Medical and sanitary report of the native army of Bengal for the year
Year: 1876
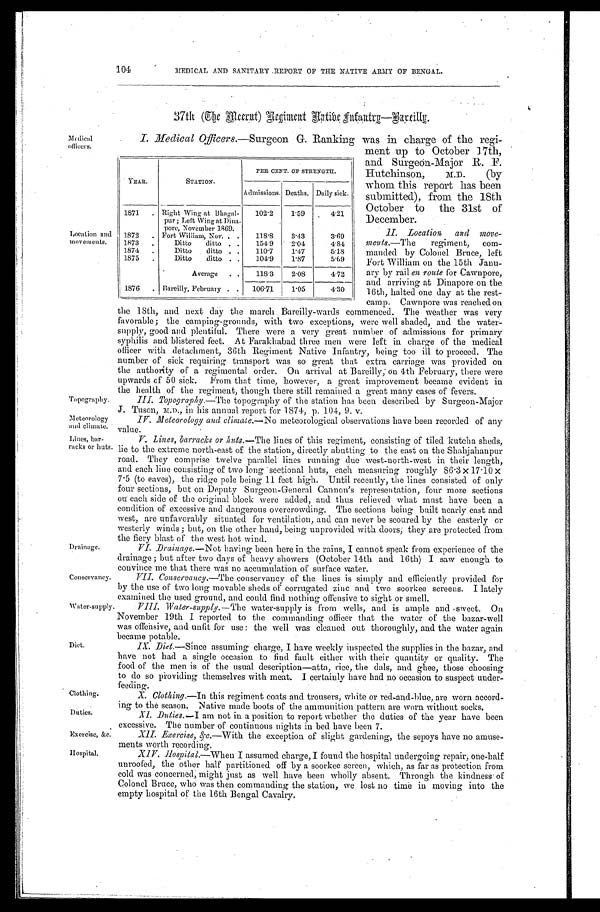
Me d i c a l
o f f i c e r s .
Location and
movements.
104
MEDICAL AND SANITARY REPORT OF THE NATIVE ARMY OF BENGAL.
3 7 t h Th e He e e r n t Re g i me n t Ha t i v e —Ba r i e l l y .
I. _Medical Officers.—Surgeon G. Ranking was in charge of the regi-
,
October
ment up toJ 7th,
and Surgeon-Major R. F.
Hutchinson, M.D. (by
whom this report has been
submitted), from the 18th
October to the 31st of
December.
II. Location and move,
ments.—The regiment, com-
manded by Colonel Bruce, left
Fort William on the 15th
Janu-
ary by rail en route for Cawnpore,
and arriving at Dinapore on the
16th, halted one day at the rest-
camp. Cawnpore was reached on
the 18th, and next day the march Bareilly-wards commenced. The weather was very
favorable; the camping-grounds, with two exceptions, were well shaded, and the water-
supply, good. and plentiful. There were a very great number of admissions for primary
syphilis and blistered feet. At Farakhabad three men were left in charge of the medical
officer with detachment, 30th Regiment Native Infantry, being too ill to proceed. The
number of sick requiring transport was so great that extra carriage was provided on
the authority of a regimental order. On arrival at Bareilly; on 4th February, there were
upwards of 50 sick. From that time, however, a great improvement became evident in
the health of the regiment, though there still remained a great many eases of fevers.
Topography.III Topography.—The topography of the station has been described by Surgeon-Major
J. Tuson, M.D., in his annual report for 1874, p. 104, 9. v.
I V . M e t e o r o l o g y a n d c l i m a t e . - - N om
e t e o r o l o g i c a l o b s e r v a t i o n s h a v e b e e n r e c o r d e d o f a n y
value.
V. Lines, barracks or huts,—The lines of this regiment, consisting of tiled kutelia sheds,
lie to the extreme north-east of the station, directly abutting to the east on the Shahjahanpur
road. They comprise twelve parallel lines running due west-north-west in their length,
and each line consisting of two long 'sectional huts, each measuring roughly 86 .3 x 17.10x
7.5 (to eaves), the ridge pole being 11 feet high. Until recently, the lines consisted of only
four sections, but on Deputy Surgeon-General Cannon's representation, four more sections
on each side of the original block were added, and thus relieved what must have been a
condition of excessive and dangerous overcrowding. The sections being built nearly east and
west, are unfavorably situated for ventilation, and can never be scoured by the easterly or
westerly winds; but, on the other hand, being unprovided with doors; they are protected from
the fiery blast of the west hot wind.
VI. Drainage.—Not having been here in the rains, I cannot speak from experience of the
drainage ; but after two days of heavy showers (October 14th and. 16th) I saw enough to
convince me that there was no accumulation of surface water.
Conservancy. Conservancy.—The conservancy of the lines is simply and efficiently provided for
by the use of two long movable sheds of corrugated zinc and two soorkee screens. I lately
examined the used ground, and could find nothing offensive to sight or smell.
Water-supply. VIII. Water-supply.-- The water-supply is from wells, and is ample and -sweet. On
November 19th 1 reported to the commanding officer that the water of the bazar-well
was offensive, and unfit for use: the well was cleaned out thoroughly, and the water again.
became potable.
I X . D i e t — S i n c e
a s s u m i n g c h a r g e , I h a v e w e e k l y i n s p e c t e d t h e s u p p l i e s i n t h e b a z a r , a n d .
have not had a single occasion to find fault either with their quantity or quality. The
food of the men is of the usual description—atta, rice, the dais, and ghee, those choosing
to do so providing themselves with meat. I certainly have had no occasion to suspect under-
feeding.
X.Clothing.—In this regiment coats and trousers, white or red-and-blue, are worn accord-
in; to the season. Native made boots of the ammunition pattern are worn without socks.
XI. Duties.—I am not in a position to report whether the duties of the year have been
excessive. The number of continuous nights in bed. have been 7.
Exercise, &c.
XII. Exercise, &c . — W i t h t h e e x c e p t i o n o f s l i g h t g a r d e n i n g , t h e s e p o y s h a v e n o a m u s e -
ments worth recording.
X117. Hospital.—When I assumed charge, I found the hospital undergoing repair, one-half
unroofed, the other half partitioned off by a soorkee screen, which, as far as protection from
cold was concerned; might just as well have been wholly absent. Through the kindness of
Colonel Bruce, who was then commanding the station, we lost no time in moving into the
empty hospital of the 16th Bengal Cavalry.
YEAR.
STATION.
PER CENT. OF STRENGTH.
Admissions. Deaths. Daily sick.
1871.
1872
Right Wing at Bhagal-
pur; Left Wing at Dina-
pore, November 1869.
Fort William, Nov.
102.2
118.8
1. 59
3. 43
4.21
3. 69
1873
Dittoditto
154. 9 2. 04
4. 84
1874
Dittoditto
110. 7 1.47
5. 18
1875
Dittoditto. 104.9 1.87
5. 69
Average
118. 3 2. 08
4. 72
1876 Bareilly, February. 106.71 1. 05
4. 30
lI etenrology
and climate.
i nks , or ba hut
rac Lesr- s.
Drainage.
Diet.
Clothing.
Duties.
Hospital.